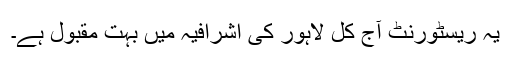
یہ ریسٹورنٹ آج کل لاہور کی اشرافیہ میں بہت مقبول ہے۔